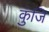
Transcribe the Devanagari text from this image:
कुंजि